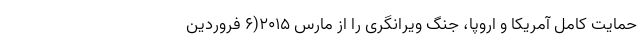
حمایت کامل آمریکا و اروپا، جنگ ویرانگری را از مارس 2015(6 فروردین